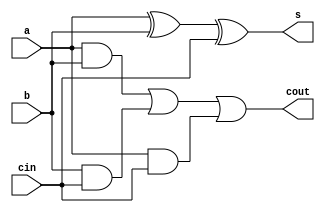
module full_adder_st(a, b, cin, s, cout);
	input a, b, cin;
	output s, cout;
	wire w1, w2, w3;

	and #2 g1(w1, a, b);
	and #2 g2(w2, b, cin);
	and #2 g3(w3, a, cin);
	xor #4 g4(s, a, b, cin);
	or #2 g5(cout, w1, w2, w3);
endmodule